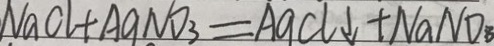
N a C l + A g N O _ { 3 } = A g C l \downarrow = + N a N O _ { 3 }